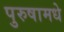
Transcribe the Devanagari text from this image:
पुरुषामधे